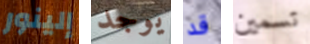
إلينور يوجد قد تسمين